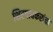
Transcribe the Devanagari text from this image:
शिरगावकरांचा